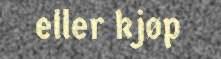
eller kjøp